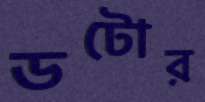
ডটোর